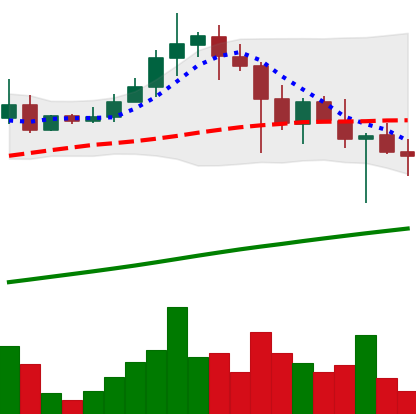
Ticker: ADA-USD
Chart end date: 2021-04-25
Forward return: 24.277%
Label: up_7plus